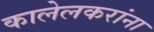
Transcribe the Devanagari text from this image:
कालेलकरांना